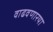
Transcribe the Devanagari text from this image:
वाढवणारया